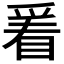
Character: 𬋭